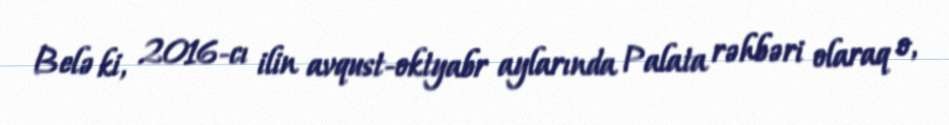
Belə ki, 2016-cı ilin avqust-oktyabr aylarında Palata rəhbəri olaraq o,